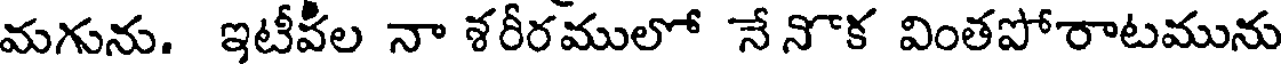
మగును. ఇటీపీల నా శరీరములో నేనొక వింతపోరాటమును